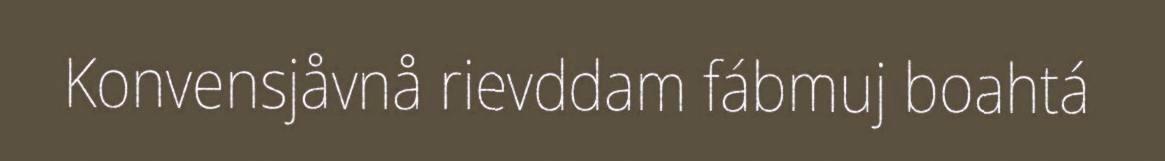
Konvensjåvnå rievddam fábmuj boahtá